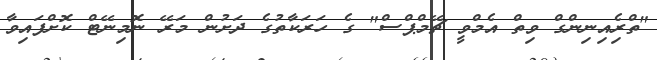
"ތްރެިއިނިންގް ވިތް އެމްވީ ޗޭމްޕްސް" ގެ ހަރަކާތުގެ ދަށުން މަރޭ ނޮމިނޭޓް ކޮށްފައިވާ